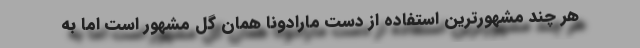
هر چند مشهورترین استفاده از دست مارادونا همان گل مشهور است اما به